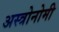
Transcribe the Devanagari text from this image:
अस्त्रोनोमी